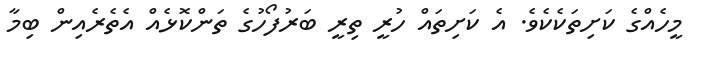
މީހެއްގެ ކަށިތަކެކެވެ. އެ ކަށިތައް ހުރީ ތިރީ ބަރުފޯހުގެ ތަންކޮޅެއް އެތެރެއިން ބިމާ